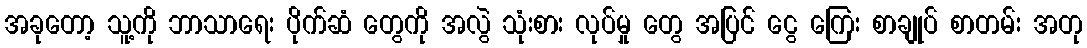
အခုတော့ သူ့ကို ဘာသာရေး ပိုက်ဆံ တွေကို အလွဲ သုံးစား လုပ်မှု တွေ အပြင် ငွေ ကြေး စာချုပ် စာတမ်း အတု